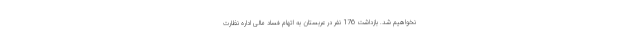
نخواهیم شد. بازداشت 176 نفر در عربستان به اتهام فساد مالی اداره نظارت